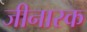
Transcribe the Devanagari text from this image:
जीनास्‍क